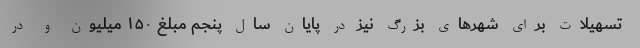
تسهیلات برای شهرهای بزرگ نیز در پایان سال پنجم مبلغ ۱۵۰ میلیون و در